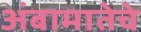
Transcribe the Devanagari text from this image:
अंबामातेचे